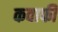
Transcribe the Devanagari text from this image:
कवाफी